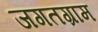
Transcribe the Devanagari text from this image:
जगतग्राम